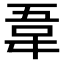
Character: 𫖌